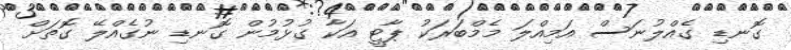
ގޮނޑި ގެއްލުނަސް އަމިއްލަ މެމްބަރަކު ޕާޓީ އަކާ ގުޅުމުން ގޮނޑި ނުގެއްލޭ ގޮތަށް